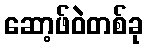
ဆော့ဖ်ဝဲတစ်ခု